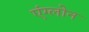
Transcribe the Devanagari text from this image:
एंग्लोन